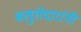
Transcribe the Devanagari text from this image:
बलुतेदारांनी